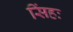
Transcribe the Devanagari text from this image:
सिंहः